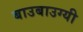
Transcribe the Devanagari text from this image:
बाउबाउग्यी